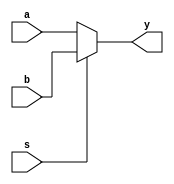
module mux2(a, b, s, y);

input s;             //
input[31:0] a,b;     //
output reg[31:0] y;  //
    
always @(*)
begin
    y <= (s == 0) ? a : b;
end

endmodule